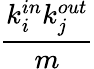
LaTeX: \frac{k_{i}^{in}k_{j}^{out}}{m}